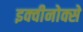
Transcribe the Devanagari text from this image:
इक्वीनोक्से